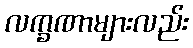
လက္ခဏာများလည်း